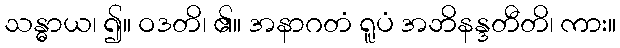
သန္ဓာယ၊ ၍။ ဝဒတိ၊ ၏။ အနာဂတံ ရူပံ အဘိနန္ဒတီတိ၊ ကား။